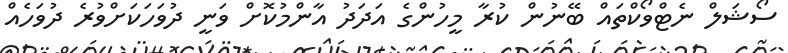
ސޯޝަލް ނެޓްވޯކްތައް ބޭނުން ކުރާ މީހުންގެ އަދަދު އާންމުކޮށް ވަނީ ދުވަހަކަށްވުރެ ދުވަހެއް